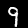
Digit: 9